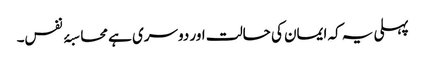
پہلی یہ کہ ایمان کی حالت اور دوسری ہے محاسبۂ نفس۔